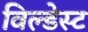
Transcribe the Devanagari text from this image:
विल्डेस्ट